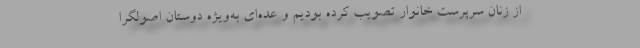
از زنان سرپرست خانوار تصویب کرده بودیم و عده‌ای به‌ویژه دوستان اصولگرا